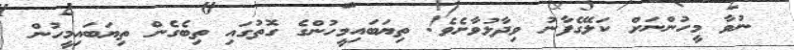
ނުވާ މީހުންނަށް ކަލޭގެފާނު ވިދާޅުވާށެވެ! ތިޔަބައިމީހުންގެ ގޮތުގައި ތިބެގެން ތިޔަބައިމީހުން